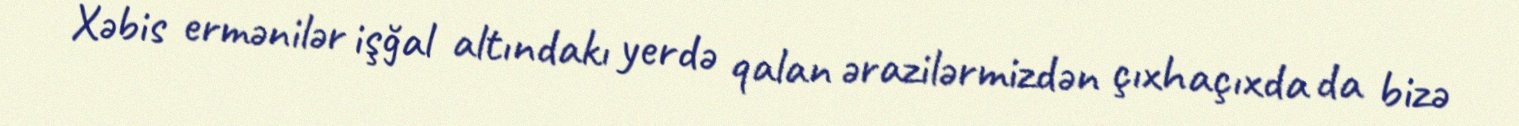
Xəbis ermənilər işğal altındakı yerdə qalan ərazilərmizdən çıxhaçıxda da bizə